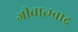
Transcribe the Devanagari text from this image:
जीवात्म्वाद